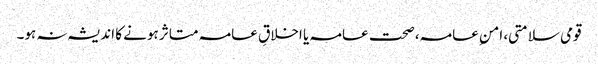
قومی سلامتی، امنِ عامہ، صحت عامہ یا اخلاقِ عامہ متاثر ہونے کا اندیشہ نہ ہو۔